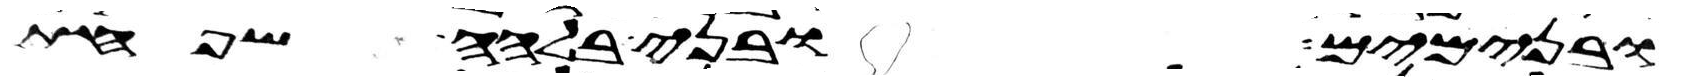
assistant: ובנימים ובני בלהה שפחת